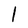
Character: l